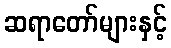
ဆရာတော်များနှင့်